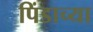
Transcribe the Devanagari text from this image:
पिंडाच्या